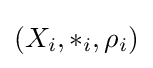
(X_{i},*_{i},\rho _{i})